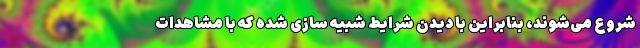
شروع می‌شوند، بنابراین با دیدن شرایط شبیه سازی شده که با مشاهدات